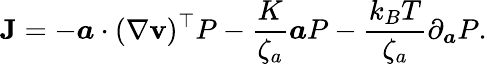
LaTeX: \mathbf{J}=-\boldsymbol{a}\cdot(\nabla\mathbf{v})^{\top}P-\frac{K}{\zeta_{a}}\boldsymbol{a}P-\frac{k_{B}T}{\zeta_{a}}\partial_{\boldsymbol{a}}P.